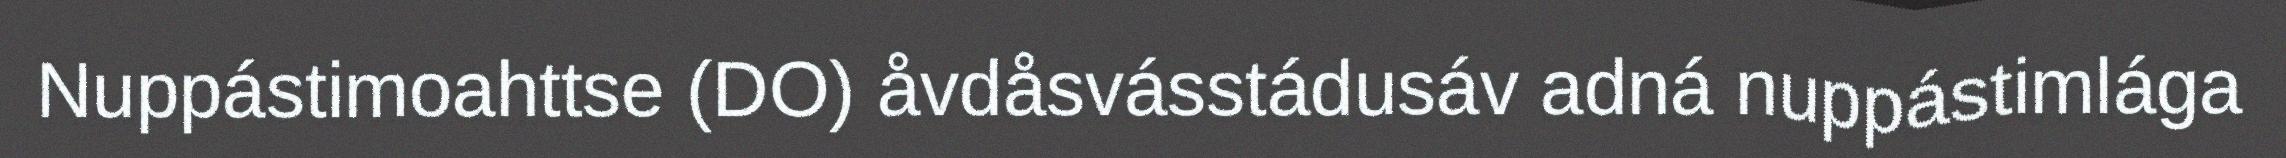
Nuppástimoahttse (DO) åvdåsvásstádusáv adná nuppástimlága